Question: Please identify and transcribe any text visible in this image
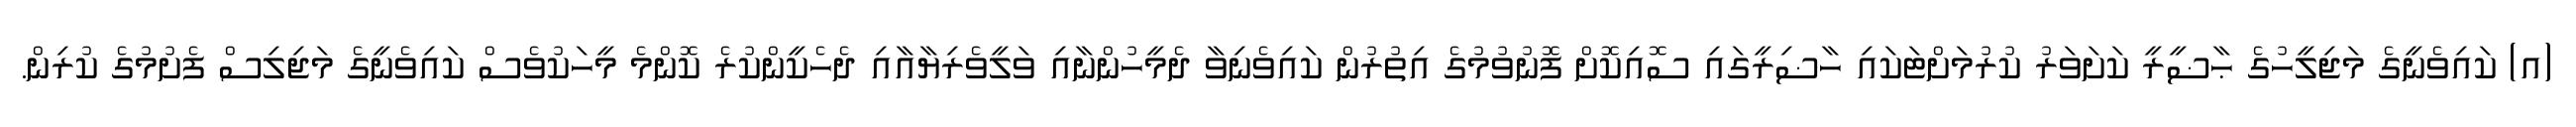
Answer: (އ) ކައިވެނީގެ މަޖިލީހުގެ ޙާޟީރީ ކަށަވަރު ކުރުމަށްޓަކައި ހާޟިރީގައި ސޮއިކޮށް ފޮނުވުމުގެ އިތުރުން ކައިވެނިވާ ދެމީހުންނާއި ވަލީވެރިޔާއާއި ދެހެކީންކުރެ ކޮންމެ މީހަކުވެސް ކައިވެނީގެ މަޖިލިސް ފެށުމުގެ ކުރިން.